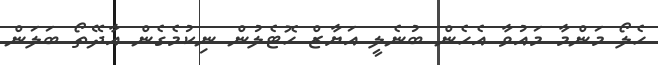
ހެލޯ މަންމާ މައުވާ އެހެން ބުނެލީ އަޔާޒް ހޮޓެލުން ނިކުމެގެން އާދޭތޯ ބަލަން